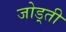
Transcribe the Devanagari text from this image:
जोड़्ती